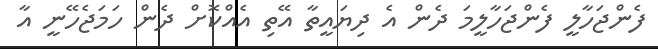
ފެންޖަހާލީ ފެންޖަހާލީމަ ދެން އެ ދިޔައީތާ އޭތި އެއްކޮށް ދެން ހަމަޖެހޭނީ އާ